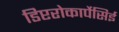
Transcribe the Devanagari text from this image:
डिप्टरोकार्पेसिई